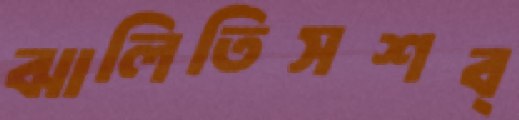
ঝালিতিসশব্